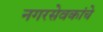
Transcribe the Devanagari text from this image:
नगरसेवकांचे